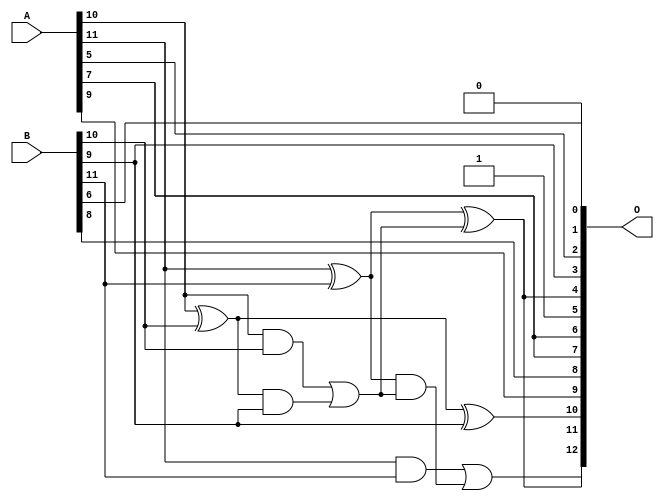
/***
* This code is a part of EvoApproxLib library (ehw.fit.vutbr.cz/approxlib) distributed under The MIT License.
* When used, please cite the following article(s):  
* This file contains a circuit from a sub-set of pareto optimal circuits with respect to the pwr and wce parameters
***/
// MAE% = 3.20 %
// MAE = 262 
// WCE% = 7.71 %
// WCE = 632 
// WCRE% = 3100.00 %
// EP% = 99.91 %
// MRE% = 8.54 %
// MSE = 92047 
// PDK45_PWR = 0.0075 mW
// PDK45_AREA = 17.8 um2
// PDK45_DELAY = 0.19 ns


module add12u_04U(A, B, O);
  input [11:0] A, B;
  output [12:0] O;
  wire sig_71, sig_72, sig_73, sig_75, sig_76, sig_77;
  wire sig_78;
  assign O[5] = 1'b1;
  assign O[1] = 1'b0;
  assign sig_71 = A[10] ^ B[10];
  assign sig_72 = A[10] & B[10];
  assign sig_73 = sig_71 & B[9];
  assign O[10] = sig_71 ^ B[9];
  assign sig_75 = sig_72 | sig_73;
  assign sig_76 = A[11] ^ B[11];
  assign sig_77 = A[11] & B[11];
  assign sig_78 = sig_76 & sig_75;
  assign O[4] = sig_76 ^ sig_75;
  assign O[12] = sig_77 | sig_78;
  assign O[0] = B[6];
  assign O[2] = A[5];
  assign O[3] = B[9];
  assign O[6] = A[7];
  assign O[7] = A[7];
  assign O[8] = B[8];
  assign O[9] = A[9];
  assign O[11] = O[4];
endmodule